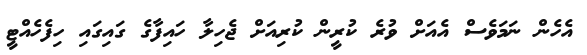
އެހެން ނަމަވެސް އެއަށް ވުރެ ކުރީން ކުރިއަށް ޖެހިލާ ހައިފާގެ ގައިގައި ހިފެހެއްޓީ